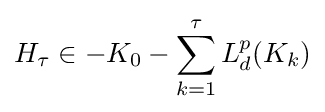
H_{\tau }\in -K_{0}-\sum _{k=1}^{\tau }L_{d}^{p}(K_{k})